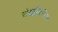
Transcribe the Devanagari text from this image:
रोमाण्टिसिज़्म